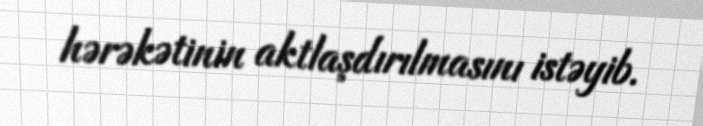
hərəkətinin aktlaşdırılmasını istəyib.